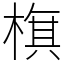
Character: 𣗍